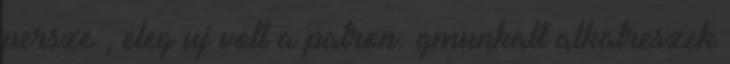
persze , eleg uj volt a patron. gmunkalt alkatreszek